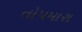
તોપમારા